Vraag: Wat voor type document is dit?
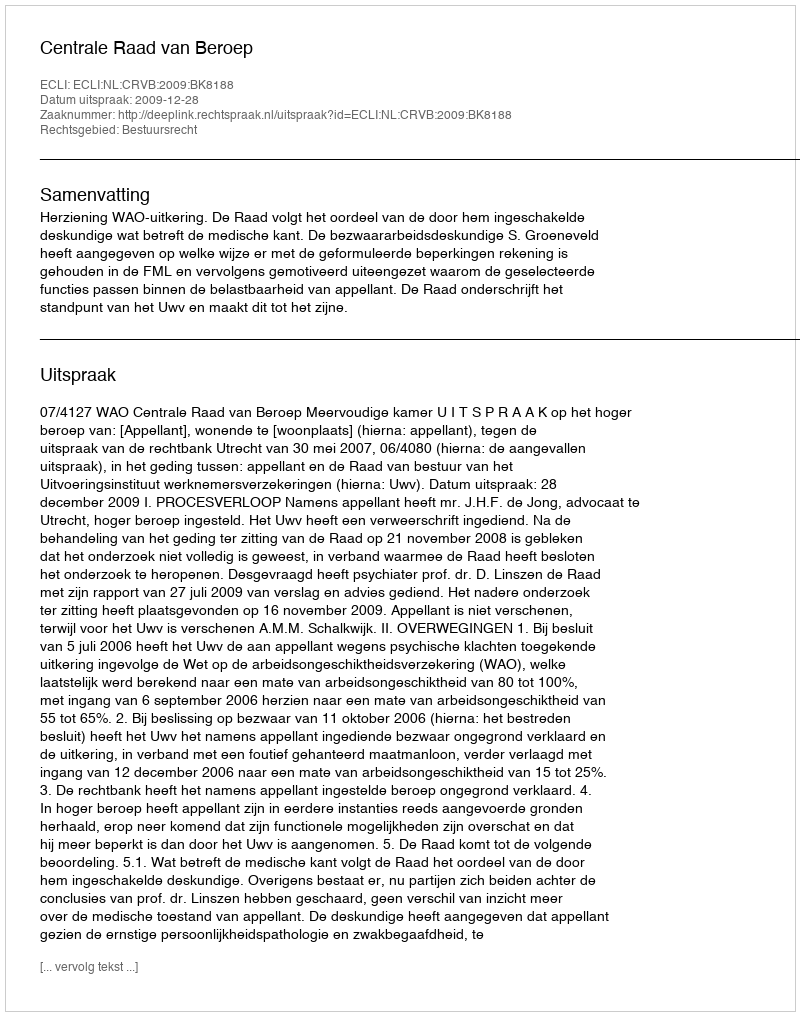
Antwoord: Uitspraak